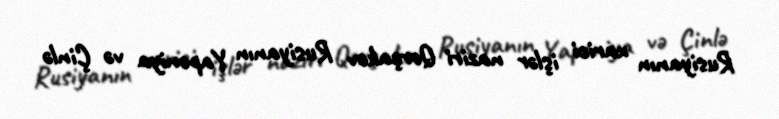
Rusiyanın xarici işlər naziri Qorçakov Rusiyanın Yaponiya və Çinlə